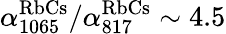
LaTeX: \alpha_{1065}^{\mathrm{RbCs}}/\alpha_{817}^{\mathrm{RbCs}}\sim 4.5